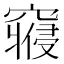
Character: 𱷘